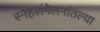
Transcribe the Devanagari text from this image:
स्नेहसंमेलनांतल्या